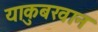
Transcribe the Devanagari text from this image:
याकुबखान